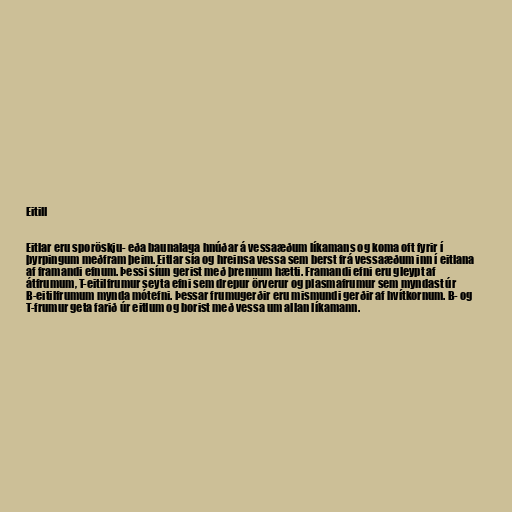
Eitill

Eitlar eru sporöskju- eða baunalaga hnúðar á vessaæðum líkamans og koma oft fyrir í
þyrpingum meðfram þeim. Eitlar sía og hreinsa vessa sem berst frá vessaæðum inn í eitlana
af framandi efnum. Þessi síun gerist með þrennum hætti. Framandi efni eru gleypt af
átfrumum, T-eitilfrumur seyta efni sem drepur örverur og plasmafrumur sem myndast úr
B-eitilfrumum mynda mótefni. Þessar frumugerðir eru mismundi gerðir af hvítkornum. B- og
T-frumur geta farið úr eitlum og borist með vessa um allan líkamann.